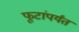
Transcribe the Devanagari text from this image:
फूटांपर्यंत